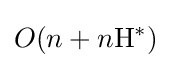
O(n+n\mathrm {H} ^{*})